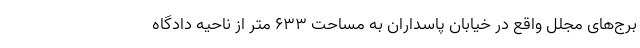
برج‌های مجلل واقع در خیابان پاسداران به مساحت ۶۳۳ متر از ناحیه دادگاه